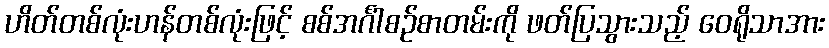
ဟိတ်တစ်လုံးဟန်တစ်လုံးဖြင့် စစ်အင်္ဂါစဉ်စာတမ်းကို ဖတ်ပြသွားသည့် ဝေရိုသာအား